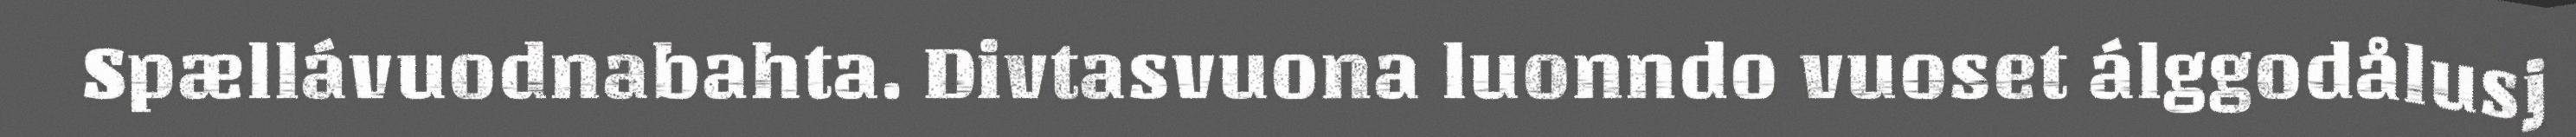
Spællávuodnabahta. Divtasvuona luonndo vuoset álggodålusj